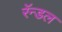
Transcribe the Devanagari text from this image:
रॅन्डल